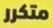
متكرر